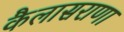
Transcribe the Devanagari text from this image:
कैलासराणा